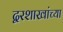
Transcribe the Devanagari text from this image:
द्वरशाखांच्या